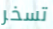
تسخر